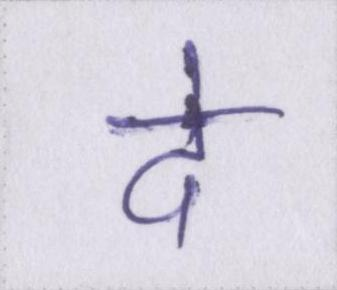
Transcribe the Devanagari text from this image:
दे